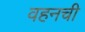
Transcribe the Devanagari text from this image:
वहनची